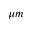
\mu m